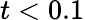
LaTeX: t<0.1